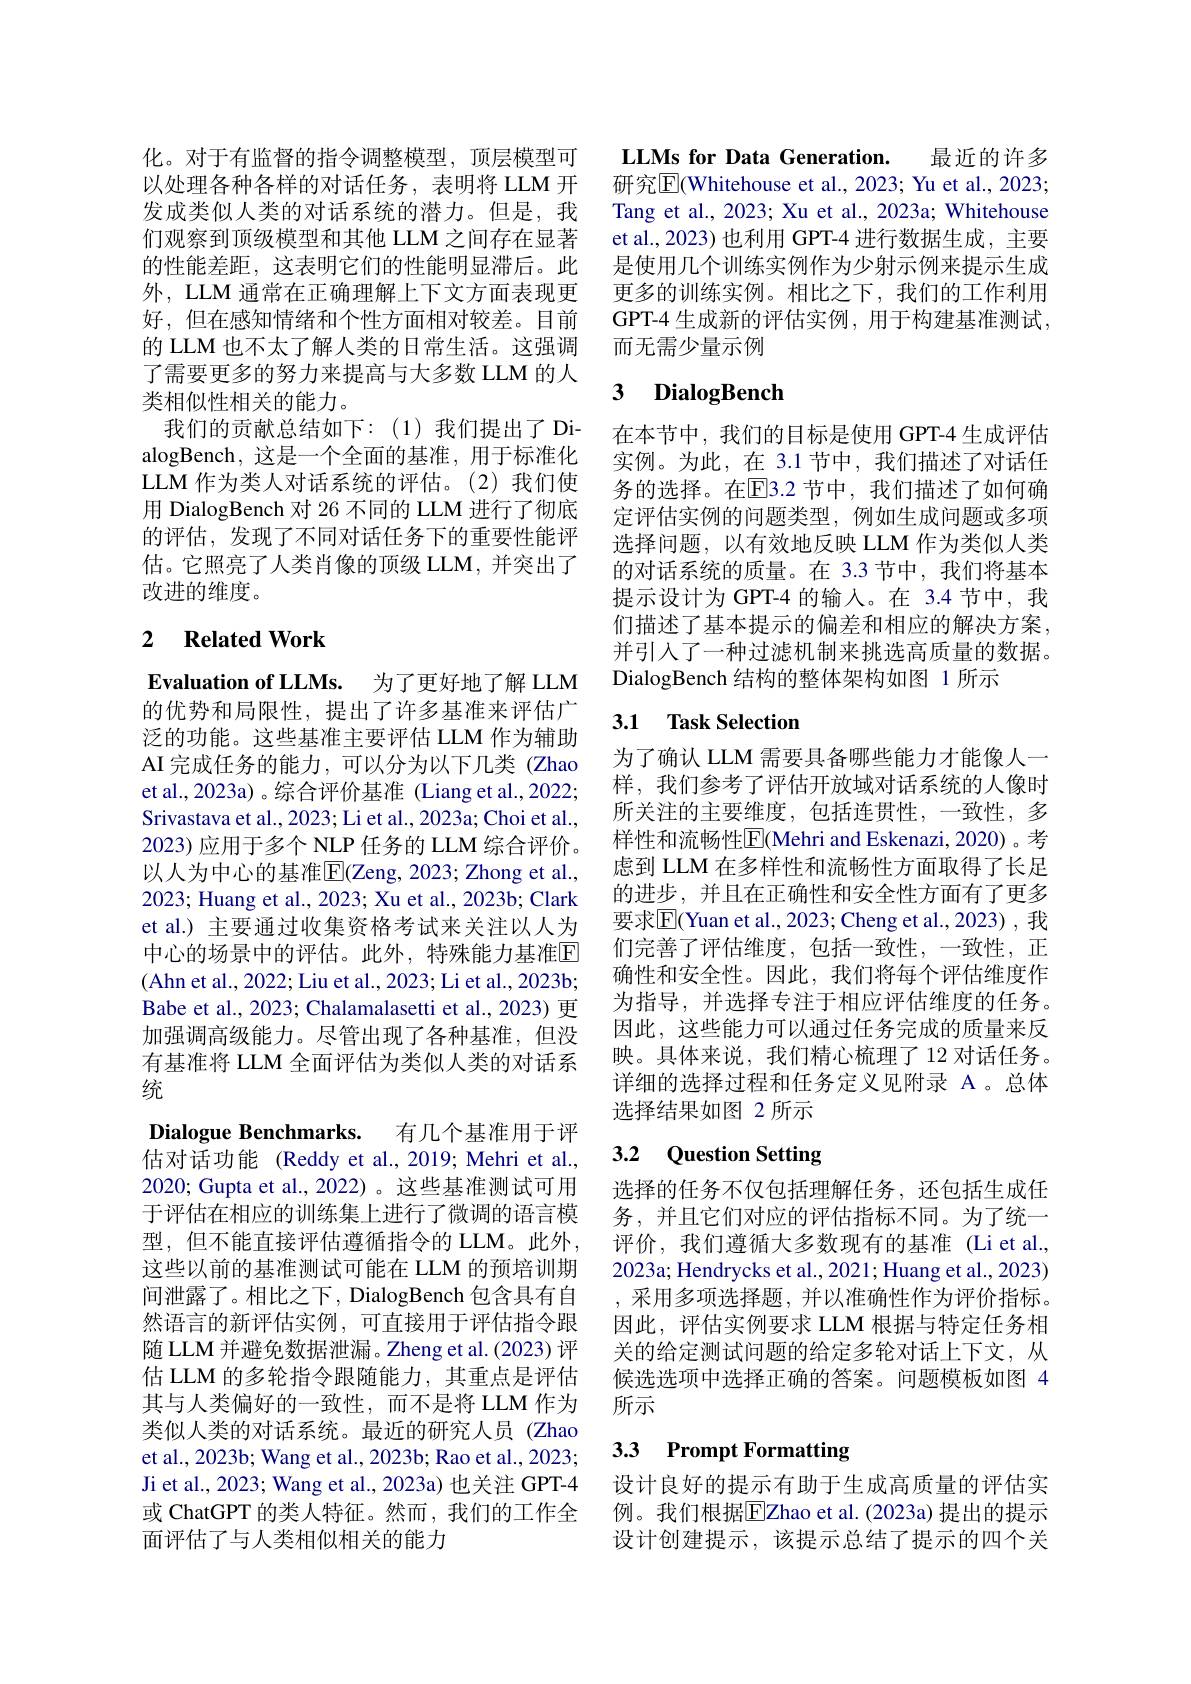
化。对于有监督的指令调整模型，顶层模型可以处理各种各样的对话任务，表明将 LLM 开发成类似人类的对话系统的潜力。但是，我们观察到顶级模型和其他 LLM 之间存在显著的性能差距，这表明它们的性能明显滞后。此外，LLM 通常在正确理解上下文方面表现更好，但在感知情绪和个性方面相对较差。目前的 LLM 也不太了解人类的日常生活。这强调了需要更多的努力来提高与大多数 LLM 的人类相似性相关的能力。
我们的贡献总结如下：(1)我们提出了DialogBench,这是一个全面的基准，用于标准化LLM 作为类人对话系统的评估。(2)我们使用 DialogBench 对 26 不同的 LLM 进行了彻底的评估，发现了不同对话任务下的重要性能评估。它照亮了人类肖像的顶级 LLM, 并突出了改进的维度。

# 2 Related Work

Evaluation of LLMs. 为了更好地了解 LLM 的优势和局限性，提出了许多基准来评估广泛的功能。这些基准主要评估 LLM 作为辅助AI 完成任务的能力，可以分为以下几类 (Zhao et al.,2023a)。综合评价基准 (Liang et al.,2022; Srivastava et al., 2023; Li et al., 2023a; Choi et al., 2023)应用于多个 NLP 任务的 LLM 综合评价。以人为中心的基准$\overline{\mathrm{E}}($Zeng, 2023; Zhong et al., 2023; Huang et al., 2023; Xu et al., 2023b; Clark et al.) 主要通过收集资格考试来关注以人为中心的场景中的评估。此外，特殊能力基准$\mathbb{E}$ (Ahn et al., 2022; Liu et al., 2023; Li et al., 2023b; Babe et al., 2023; Chalamalasetti et al., 2023) 更加强调高级能力。尽管出现了各种基准，但没有基准将 LLM 全面评估为类似人类的对话系统
Dialogue Benchmarks. 有几个基准用于评估对话功能 (Reddy et al.,2019; Mehri et al., 2020; Gupta et al., 2022) 。这些基准测试可用于评估在相应的训练集上进行了微调的语言模型，但不能直接评估遵循指令的 LLM。此外， 这些以前的基准测试可能在 LLM 的预培训期间泄露了。相比之下，DialogBench 包含具有自然语言的新评估实例，可直接用于评估指令跟随 LLM 并避免数据泄漏。Zheng et al.(2023) 评估 LLM 的多轮指令跟随能力，其重点是评估其与人类偏好的一致性，而不是将 LLM 作为类似人类的对话系统。最近的研究人员 (Zhao et al., 2023b; Wang et al., 2023b; Rao et al., 2023; Ji et al., 2023; Wang et al., 2023a) 也关注 GPT-4或 ChatGPT 的类人特征。然而，我们的工作全面评估了与人类相似相关的能力

LLMs for Data Generation. 最近的许多研究$\overline{\mathrm{E}}($Whitehouse et al., 2023; Yu et al., 2023; Tang et al., 2023; Xu et al., 2023a; Whitehouse et al., 2023) 也利用 GPT-4 进行数据生成，主要是使用几个训练实例作为少射示例来提示生成更多的训练实例。相比之下，我们的工作利用GPT-4 生成新的评估实例，用于构建基准测试， 而无需少量示例

## 3 DialogBench

在本节中，我们的目标是使用 GPT-4 生成评估实例。为此，在 3.1 节中，我们描述了对话任务的选择。在$\overline{\mathrm{E}}$3.2 节中，我们描述了如何确定评估实例的问题类型，例如生成问题或多项选择问题，以有效地反映 LLM 作为类似人类的对话系统的质量。在 3.3 节中，我们将基本提示设计为 GPT-4 的输入。在 3.4 节中，我们描述了基本提示的偏差和相应的解决方案， 并引入了一种过滤机制来挑选高质量的数据。DialogBench 结构的整体架构如图 1 所示

### 3.1 Task Selection

为了确认 LLM 需要具备哪些能力才能像人一样，我们参考了评估开放域对话系统的人像时所关注的主要维度，包括连贯性，一致性，多样性和流畅性$\overline{\mathrm{E}}$(Mehri and Eskenazi, 2020)。考虑到 LLM 在多样性和流畅性方面取得了长足的进步，并且在正确性和安全性方面有了更多要求$\overline{\mathbb{E}}($Yuan et al., 2023; Cheng et al., 2023) , 我们完善了评估维度，包括一致性，一致性，正确性和安全性。因此，我们将每个评估维度作为指导，并选择专注于相应评估维度的任务。因此，这些能力可以通过任务完成的质量来反映。具体来说，我们精心梳理了12 对话任务。详细的选择过程和任务定义见附录 A 。总体选择结果如图 2 所示

## 3.2 Question Setting

选择的任务不仅包括理解任务，还包括生成任务，并且它们对应的评估指标不同。为了统一评价，我们遵循大多数现有的基准(Li et al., 2023a; Hendrycks et al., 2021; Huang et al., 2023) ,采用多项选择题，并以准确性作为评价指标。因此，评估实例要求 LLM 根据与特定任务相关的给定测试问题的给定多轮对话上下文，从候选选项中选择正确的答案。问题模板如图 4所示

## 3.3 Prompt Formatting

设计良好的提示有助于生成高质量的评估实例。我们根据$\overline{\mathrm{E}}$Zhao et al.(2023a) 提出的提示设计创建提示，该提示总结了提示的四个关